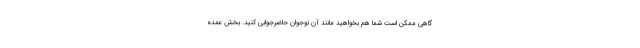
گاهی ممکن است شما هم بخواهید مانند آن نوجوان حاضرجوابی کنید. بخش عمدهٔ